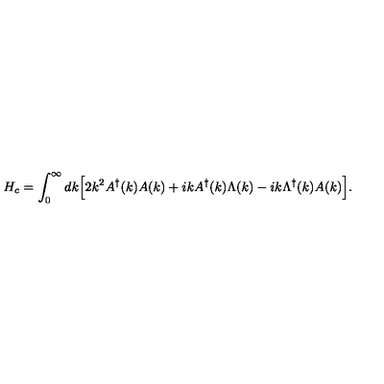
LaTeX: H _ { c } = \int _ { 0 } ^ { \infty } d k \Bigl [ 2 k ^ { 2 } A ^ { \dagger } ( k ) A ( k ) + i k A ^ { \dagger } ( k ) \Lambda ( k ) - i k \Lambda ^ { \dagger } ( k ) A ( k ) \Bigr ] .